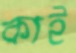
কাই